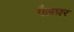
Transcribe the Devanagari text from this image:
गैलघर